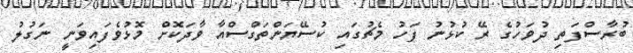
ބުރާސްފަތި ދުވަހުގެ ރޭ ކުޅުނު ފަހު މެޗުގައި ކުސޭޔަންތަގްސްއާ ވާދަކޮށް މޮޅުވެފައިވަނީ ނަގުލު